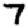
Digit: 7